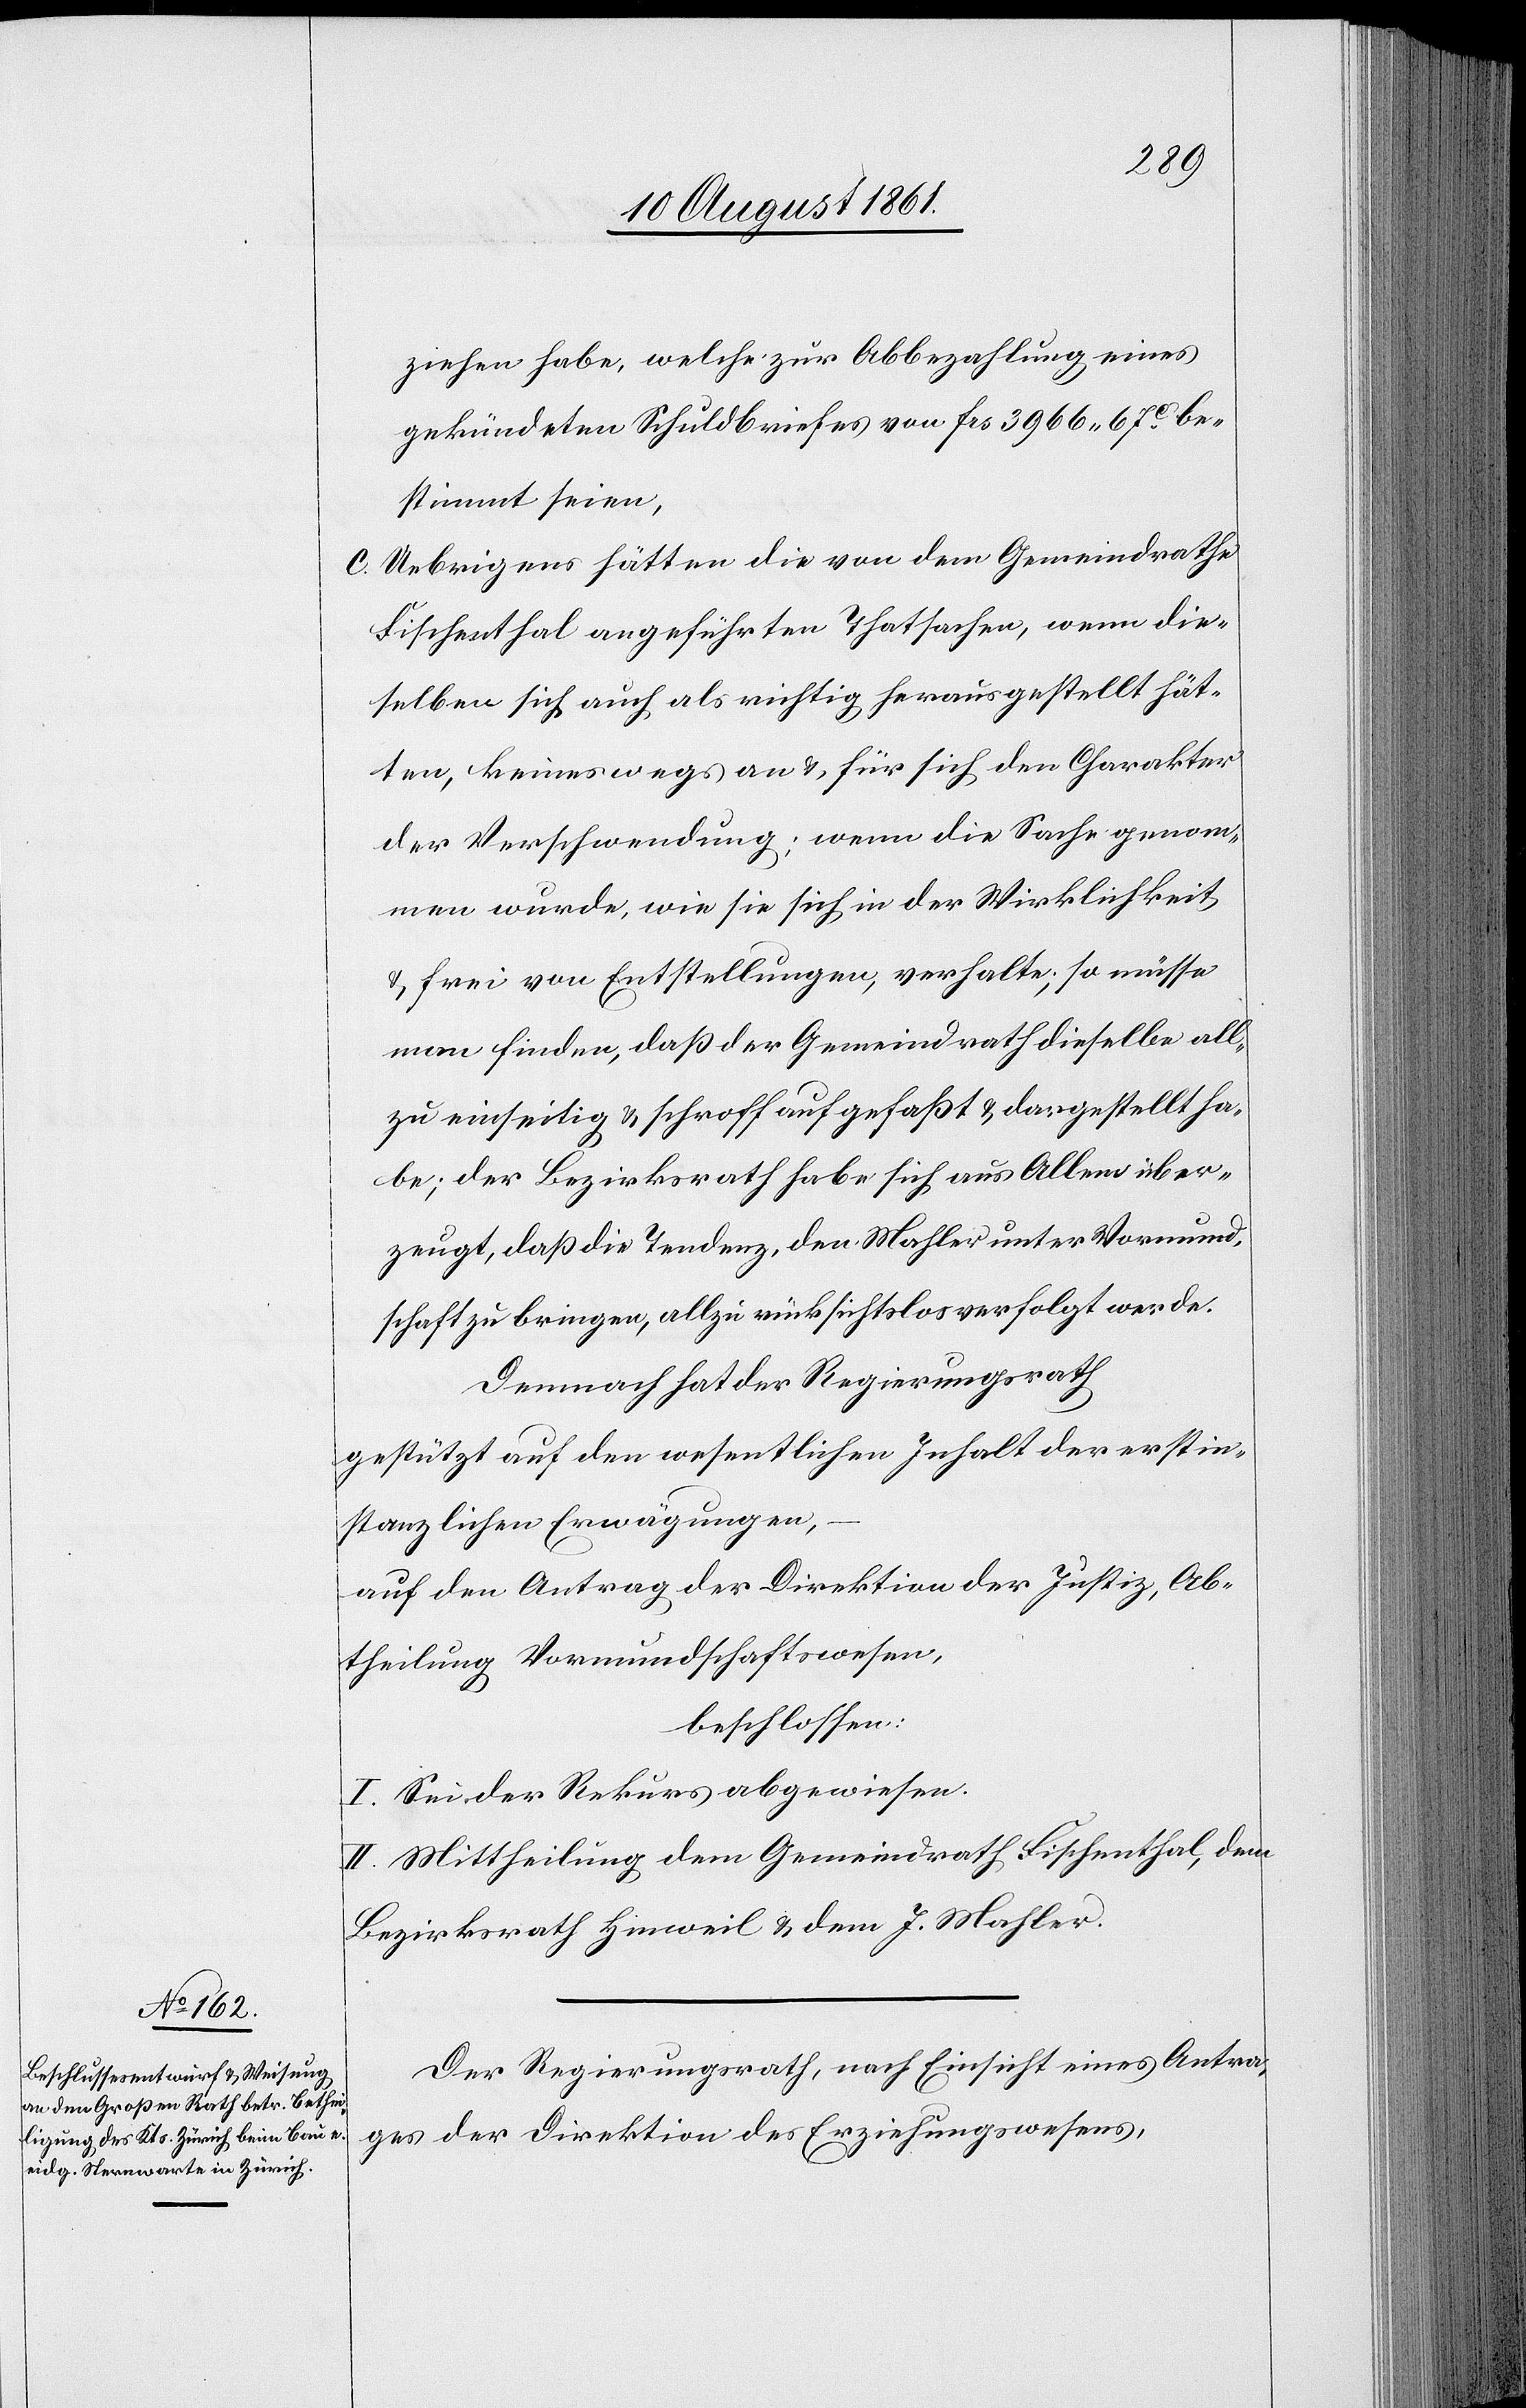
ziehen habe, welche zur Abbezahlung eines
gekündeten Schuldbeweises von frs 3966.67c be¬
stimmt seien,
c. Uebrigens hätten die von dem Gemeindrathe
Fischenthal angeführten Thatsachen, wenn die¬
selben sich auch als richtig herausgestellt hät¬
ten, keineswegs an u. für sich den Charakter
der Verschwendung; wenn die Sache genom¬
men wurde, wie sie sich in der Wirklichkeit
u. frei von Entstellungen, verhalte; so müsse
man finden, daß der Gemeindrath dieselbe all¬
zu einseitig u. schroff aufgefaßt u. dargestellt ha¬
be; der Bezirksrath habe sich aus Allem über¬
zeugt, daß die Tendenz, den Mahler unter Vormund¬
schaft zu bringen, allzu rücksichtslos verfolgt werde.
Demnach hat der Regierungsrath
gestützt auf den wesentlichen Inhalt der erstin¬
stanzlichen Erwägungen,
auf den Antrag der Direktion der Justiz, Ab¬
theilung Vormundschaftswesen,
beschlossen:
I. Sei der Rekurs abgewiesen.
II. Mittheilung dem Gemeindrath Fischenthal, dem
Bezirksrath Hinweil u. dem J. Mahler.
Der Regierungsrath, nach Einsicht eines Antra¬
ges der Direktion des Erziehungswesens,